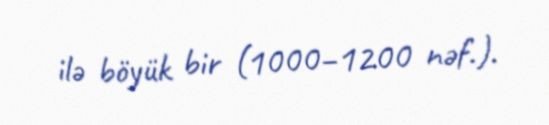
ilə böyük bir (1000–1200 nəf.).